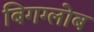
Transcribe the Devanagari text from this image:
बिगग्लोब